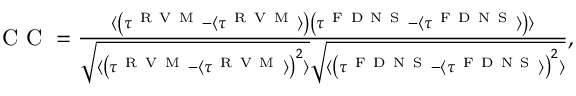
\begin{array} { r } { \mathrm { ~ C ~ C ~ } = \frac { \langle \left( \tau ^ { \mathrm { ~ R ~ V ~ M ~ } } - \langle \tau ^ { \mathrm { ~ R ~ V ~ M ~ } } \rangle \right) \left( \tau ^ { \mathrm { ~ F ~ D ~ N ~ S ~ } } - \langle \tau ^ { \mathrm { ~ F ~ D ~ N ~ S ~ } } \rangle \right) \rangle } { \sqrt { \langle \left( \tau ^ { \mathrm { ~ R ~ V ~ M ~ } } - \langle \tau ^ { \mathrm { ~ R ~ V ~ M ~ } } \rangle \right) ^ { 2 } \rangle } \sqrt { \langle \left( \tau ^ { \mathrm { ~ F ~ D ~ N ~ S ~ } } - \langle \tau ^ { \mathrm { ~ F ~ D ~ N ~ S ~ } } \rangle \right) ^ { 2 } \rangle } } , } \end{array}